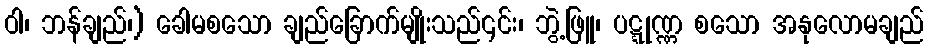
ဝါ၊ ဘန်ချည်၊) ခေါမစသော ချည်ခြောက်မျိုးသည်၎င်း၊ ဘွဲ့ဖြူ၊ ပဋ္ဋုဏ္ဏ စသော အနုလောမချည်